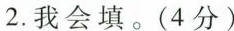
2.我会填。(4分)